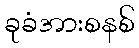
ခုခံအားစနစ်